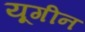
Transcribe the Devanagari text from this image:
यूगीन